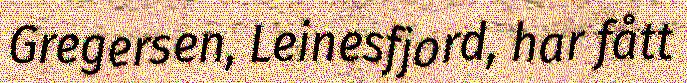
Gregersen, Leinesfjord, har fått